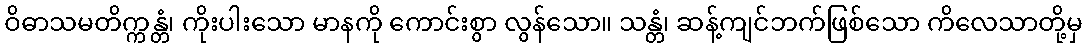
ဝိဓာသမတိက္ကန္တံ၊ ကိုးပါးသော မာနကို ကောင်းစွာ လွန်သော။ သန္တံ၊ ဆန့်ကျင်ဘက်ဖြစ်သော ကိလေသာတို့မှ